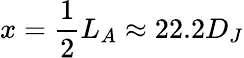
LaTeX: x=\frac{1}{2}L_{A}\approx 22.2D_{J}